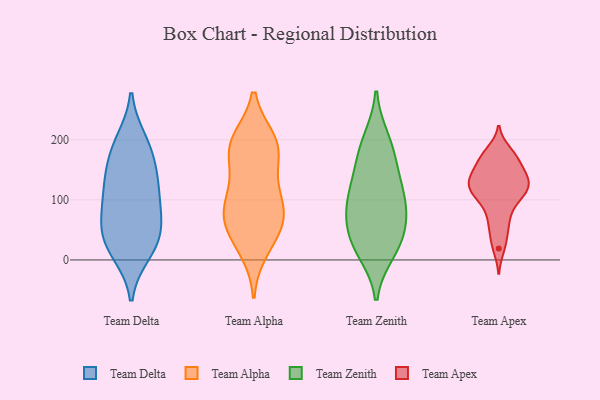
{"axis": {"x": "Churn Rate (%)", "y": "Value"}, "legend": ["Team Alpha", "Team Apex", "Team Delta", "Team Zenith"], "data": [{"x": "", "y": 198, "type": "Team Delta"}, {"x": "", "y": 12, "type": "Team Delta"}, {"x": "", "y": 59, "type": "Team Delta"}, {"x": "", "y": 192, "type": "Team Delta"}, {"x": "", "y": 142, "type": "Team Delta"}, {"x": "", "y": 139, "type": "Team Delta"}, {"x": "", "y": 38, "type": "Team Delta"}, {"x": "", "y": 93, "type": "Team Delta"}, {"x": "", "y": 99, "type": "Team Delta"}, {"x": "", "y": 35, "type": "Team Delta"}, {"x": "", "y": 18, "type": "Team Delta"}, {"x": "", "y": 172, "type": "Team Delta"}, {"x": "", "y": 64, "type": "Team Delta"}, {"x": "", "y": 119, "type": "Team Delta"}, {"x": "", "y": 195, "type": "Team Alpha"}, {"x": "", "y": 17, "type": "Team Alpha"}, {"x": "", "y": 87, "type": "Team Alpha"}, {"x": "", "y": 178, "type": "Team Alpha"}, {"x": "", "y": 62, "type": "Team Alpha"}, {"x": "", "y": 86, "type": "Team Alpha"}, {"x": "", "y": 182, "type": "Team Alpha"}, {"x": "", "y": 36, "type": "Team Alpha"}, {"x": "", "y": 111, "type": "Team Alpha"}, {"x": "", "y": 133, "type": "Team Alpha"}, {"x": "", "y": 199, "type": "Team Alpha"}, {"x": "", "y": 59, "type": "Team Alpha"}, {"x": "", "y": 193, "type": "Team Alpha"}, {"x": "", "y": 77, "type": "Team Alpha"}, {"x": "", "y": 104, "type": "Team Zenith"}, {"x": "", "y": 44, "type": "Team Zenith"}, {"x": "", "y": 185, "type": "Team Zenith"}, {"x": "", "y": 89, "type": "Team Zenith"}, {"x": "", "y": 39, "type": "Team Zenith"}, {"x": "", "y": 76, "type": "Team Zenith"}, {"x": "", "y": 98, "type": "Team Zenith"}, {"x": "", "y": 200, "type": "Team Zenith"}, {"x": "", "y": 14, "type": "Team Zenith"}, {"x": "", "y": 134, "type": "Team Zenith"}, {"x": "", "y": 22, "type": "Team Zenith"}, {"x": "", "y": 158, "type": "Team Zenith"}, {"x": "", "y": 123, "type": "Team Apex"}, {"x": "", "y": 136, "type": "Team Apex"}, {"x": "", "y": 111, "type": "Team Apex"}, {"x": "", "y": 142, "type": "Team Apex"}, {"x": "", "y": 170, "type": "Team Apex"}, {"x": "", "y": 125, "type": "Team Apex"}, {"x": "", "y": 131, "type": "Team Apex"}, {"x": "", "y": 61, "type": "Team Apex"}, {"x": "", "y": 142, "type": "Team Apex"}, {"x": "", "y": 111, "type": "Team Apex"}, {"x": "", "y": 37, "type": "Team Apex"}, {"x": "", "y": 19, "type": "Team Apex"}, {"x": "", "y": 181, "type": "Team Apex"}, {"x": "", "y": 113, "type": "Team Apex"}, {"x": "", "y": 89, "type": "Team Apex"}, {"x": "", "y": 148, "type": "Team Apex"}, {"x": "", "y": 171, "type": "Team Apex"}, {"x": "", "y": 104, "type": "Team Apex"}, {"x": "", "y": 172, "type": "Team Apex"}, {"x": "", "y": 67, "type": "Team Apex"}]}